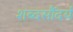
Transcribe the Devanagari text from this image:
शब्दसौंदर्य